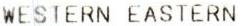
WESTERN EASTERN